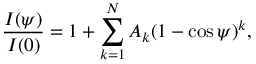
{ \frac { I ( \psi ) } { I ( 0 ) } } = 1 + \sum _ { k = 1 } ^ { N } A _ { k } ( 1 - \cos \psi ) ^ { k } ,